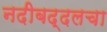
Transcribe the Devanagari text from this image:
नदीबद्दलचा